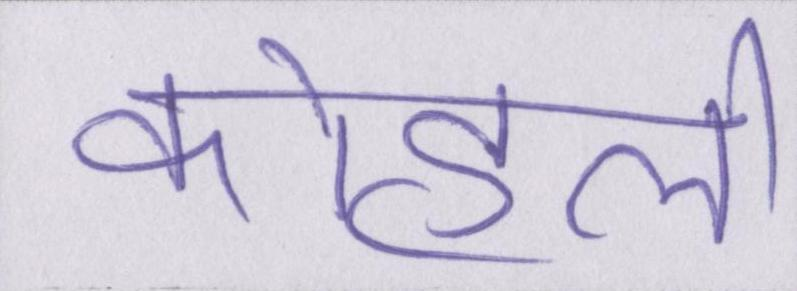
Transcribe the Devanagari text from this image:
कोहली